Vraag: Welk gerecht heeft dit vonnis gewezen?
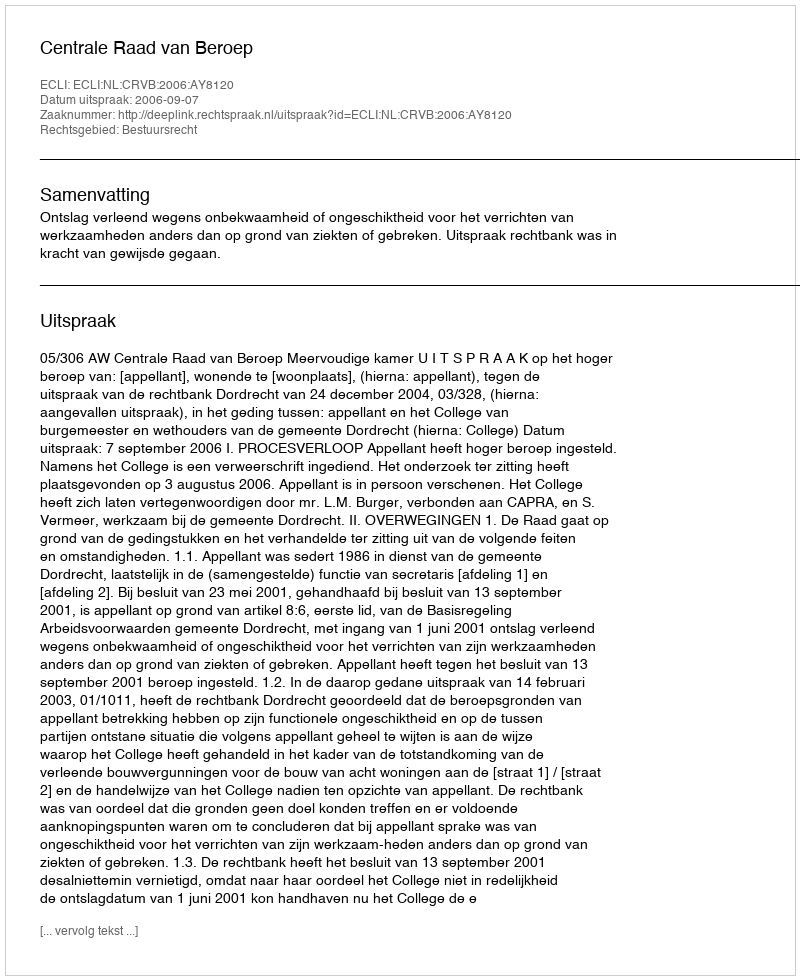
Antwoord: Centrale Raad van Beroep